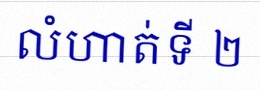
លំហាត់ទី ២